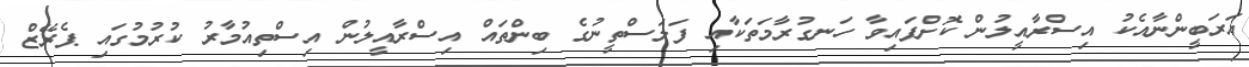
އަރަބީންނާއެކު އިސްރާއީލުން ކޮށްފައިވާ ހަނގުރާމަތަކާއި ފަލަސްތީނުގެ ބިންތައް އިސްރާއީލުން އިސްތިއުމާރު ކުރުމުގައި ޕެރޭޒް